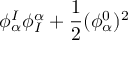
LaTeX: \phi _ { \alpha } ^ { I } \phi _ { I } ^ { \alpha } + { \frac { 1 } { 2 } } ( \phi _ { \alpha } ^ { 0 } ) ^ { 2 }